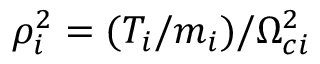
\rho _ { i } ^ { 2 } = ( T _ { i } / m _ { i } ) / \Omega _ { c i } ^ { 2 }